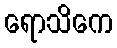
ရောသိကေ